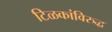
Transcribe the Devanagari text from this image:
टिळकांविरुद्ध